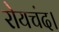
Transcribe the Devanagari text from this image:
रोयचंद।